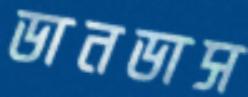
ডানডাস